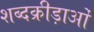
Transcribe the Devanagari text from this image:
शब्दक्रीड़ाओं